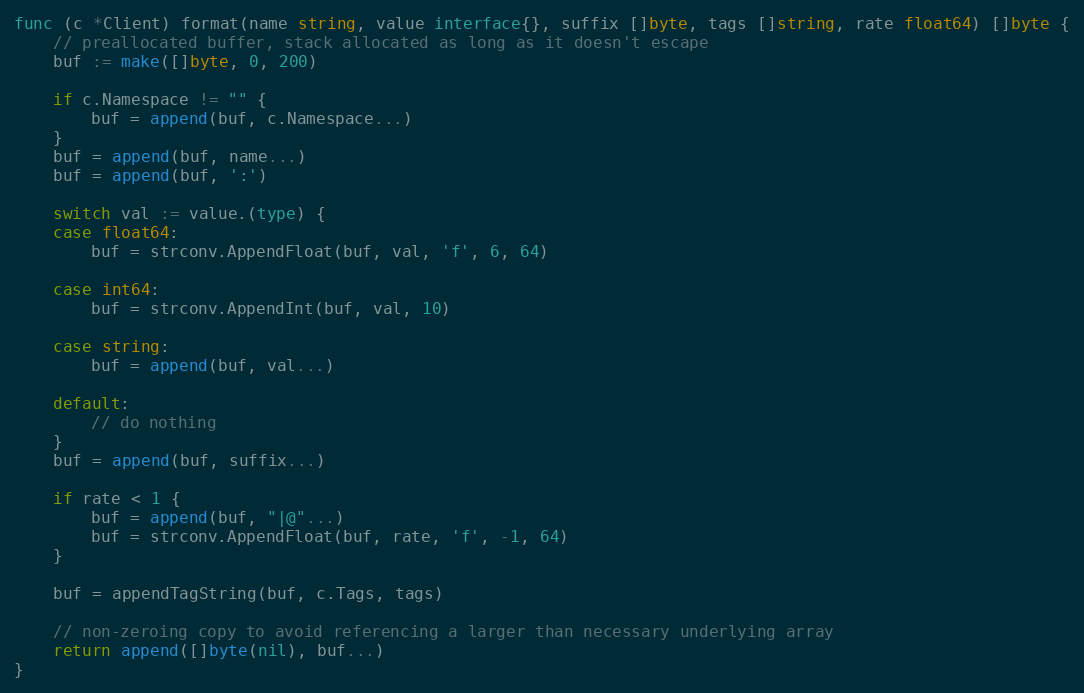
Language: Go
func (c *Client) format(name string, value interface{}, suffix []byte, tags []string, rate float64) []byte {
	// preallocated buffer, stack allocated as long as it doesn't escape
	buf := make([]byte, 0, 200)

	if c.Namespace != "" {
		buf = append(buf, c.Namespace...)
	}
	buf = append(buf, name...)
	buf = append(buf, ':')

	switch val := value.(type) {
	case float64:
		buf = strconv.AppendFloat(buf, val, 'f', 6, 64)

	case int64:
		buf = strconv.AppendInt(buf, val, 10)

	case string:
		buf = append(buf, val...)

	default:
		// do nothing
	}
	buf = append(buf, suffix...)

	if rate < 1 {
		buf = append(buf, "|@"...)
		buf = strconv.AppendFloat(buf, rate, 'f', -1, 64)
	}

	buf = appendTagString(buf, c.Tags, tags)

	// non-zeroing copy to avoid referencing a larger than necessary underlying array
	return append([]byte(nil), buf...)
}